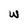
Character: w